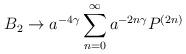
LaTeX: \begin{align*}B_{2} \rightarrow a^{-4 \gamma}\sum_{n=0}^{\infty} a^{-2n\gamma} P^{(2n)} \end{align*}